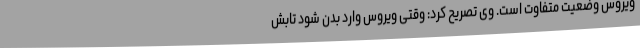
ویروس وضعیت متفاوت است. وی تصریح کرد: وقتی ویروس وارد بدن شود تابش